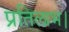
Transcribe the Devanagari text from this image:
प्रतिलाभ।